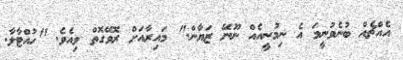
އެއްޗެއް ބުނެވުނީމަ އެ ނިމުނީއެއް ނޫނޭ ޒަޔާން." މައިރާއަށް ރޮވޭގޮތް ވިއެވެ. "ހުއްޓާލާ.